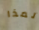
لمذا